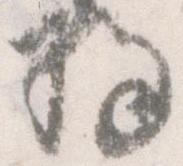
将